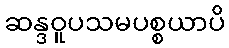
ဆန္ဒဝူပသမပစ္စယာပိ